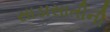
સાડાસાતીની